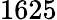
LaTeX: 1625